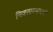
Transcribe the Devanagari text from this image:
निवसास्थानाची